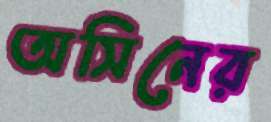
অসিনের